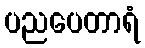
ပညပေတာရံ